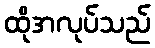
ထိုအလုပ်သည်